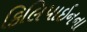
ફિલિપાઇનના